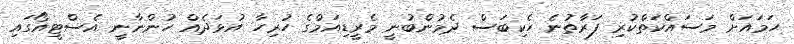
ހަމައަށް މަސައްކަތްކުރި ފަރާތުނެ ހެކިބަސް ދެމުންބުނީ މެރީޑިއަމްގެ ހުރިހާ އުޅަދެއް ހުންނާނީ އެސްޓީއޯގައި